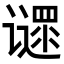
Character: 𬤪